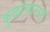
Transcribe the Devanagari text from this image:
कुळाचारात